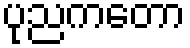
ပုညကတော